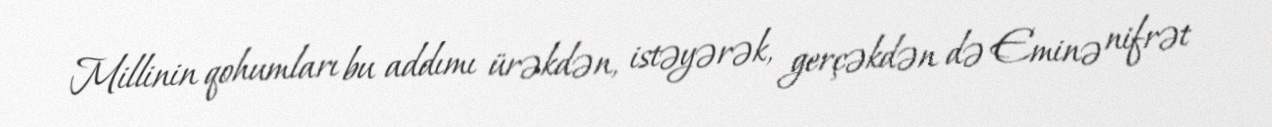
Millinin qohumları bu addımı ürəkdən, istəyərək, gerçəkdən də Eminə nifrət